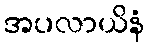
အပလာယိနံ